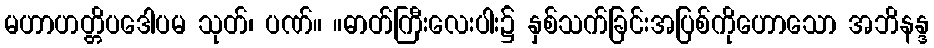
မဟာဟတ္တိပဒေါပမ သုတ်၊ ပဏ်။ ။ဓာတ်ကြီးလေးပါး၌ နှစ်သက်ခြင်းအပြစ်ကိုဟောသော အဘိနန္ဒ